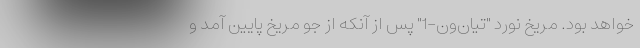
خواهد بود. مریخ نورد "تیان‌ون-1" پس از آنکه از جو مریخ پایین آمد و